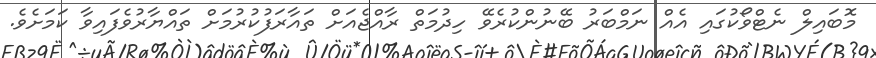
މޮބައިލް ނެޓްވޯކުގައި އެއް ނަމްބަރު ބޭނުންކުރެވޭ ހިދުމަތް ރާއްޖެއަށް ތައާރަފުކުރުމަށް ތައްޔާރުވެފައިވާ ކަމަށެވެ.